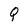
Character: Q